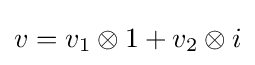
v=v_{1}\otimes 1+v_{2}\otimes i